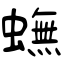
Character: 蟱